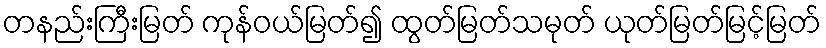
တနည်းကြီးမြတ် ကုန်ဝယ်မြတ်၍ ထွတ်မြတ်သမုတ် ယုတ်မြတ်မြင့်မြတ်